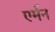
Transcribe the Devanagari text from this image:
एर्मन